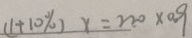
( 1 + 1 0 \% ) x = 2 2 0 \times 0 . 9